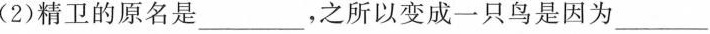
(2)精卫的原名是___，之所以变成一只鸟是因为___